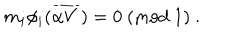
m _ { i } \phi _ { i } ( { \overline { { { \alpha V } } } } ) = 0 ~ ( \mathrm { m o d } ~ 1 ) ~ .